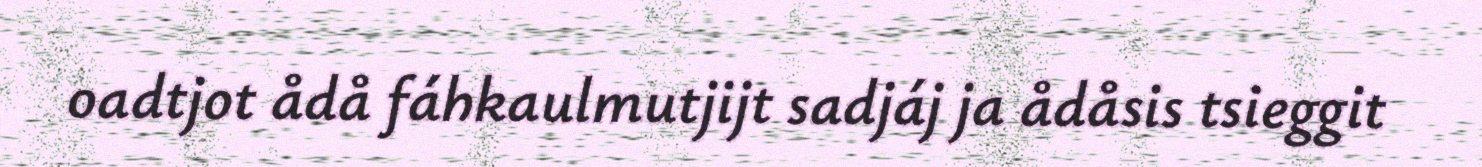
oadtjot ådå fáhkaulmutjijt sadjáj ja ådåsis tsieggit